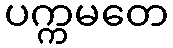
ပက္ကမတေ